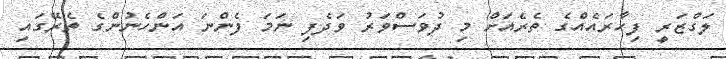
ލަގްޒަރީ ފިހާރައެއްގެ ތެރެއަށް މި ދުވަސްވަރު ވަދެފި ނަމަ ފެންނަ އަންހެނުންގެ ތެރޭގައި